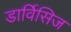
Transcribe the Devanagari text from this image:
डार्विसिज